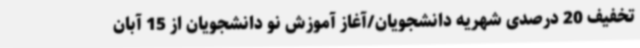
تخفیف 20 درصدی شهریه دانشجویان/آغاز آموزش نو دانشجویان از 15 آبان